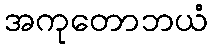
အကုတောဘယံ